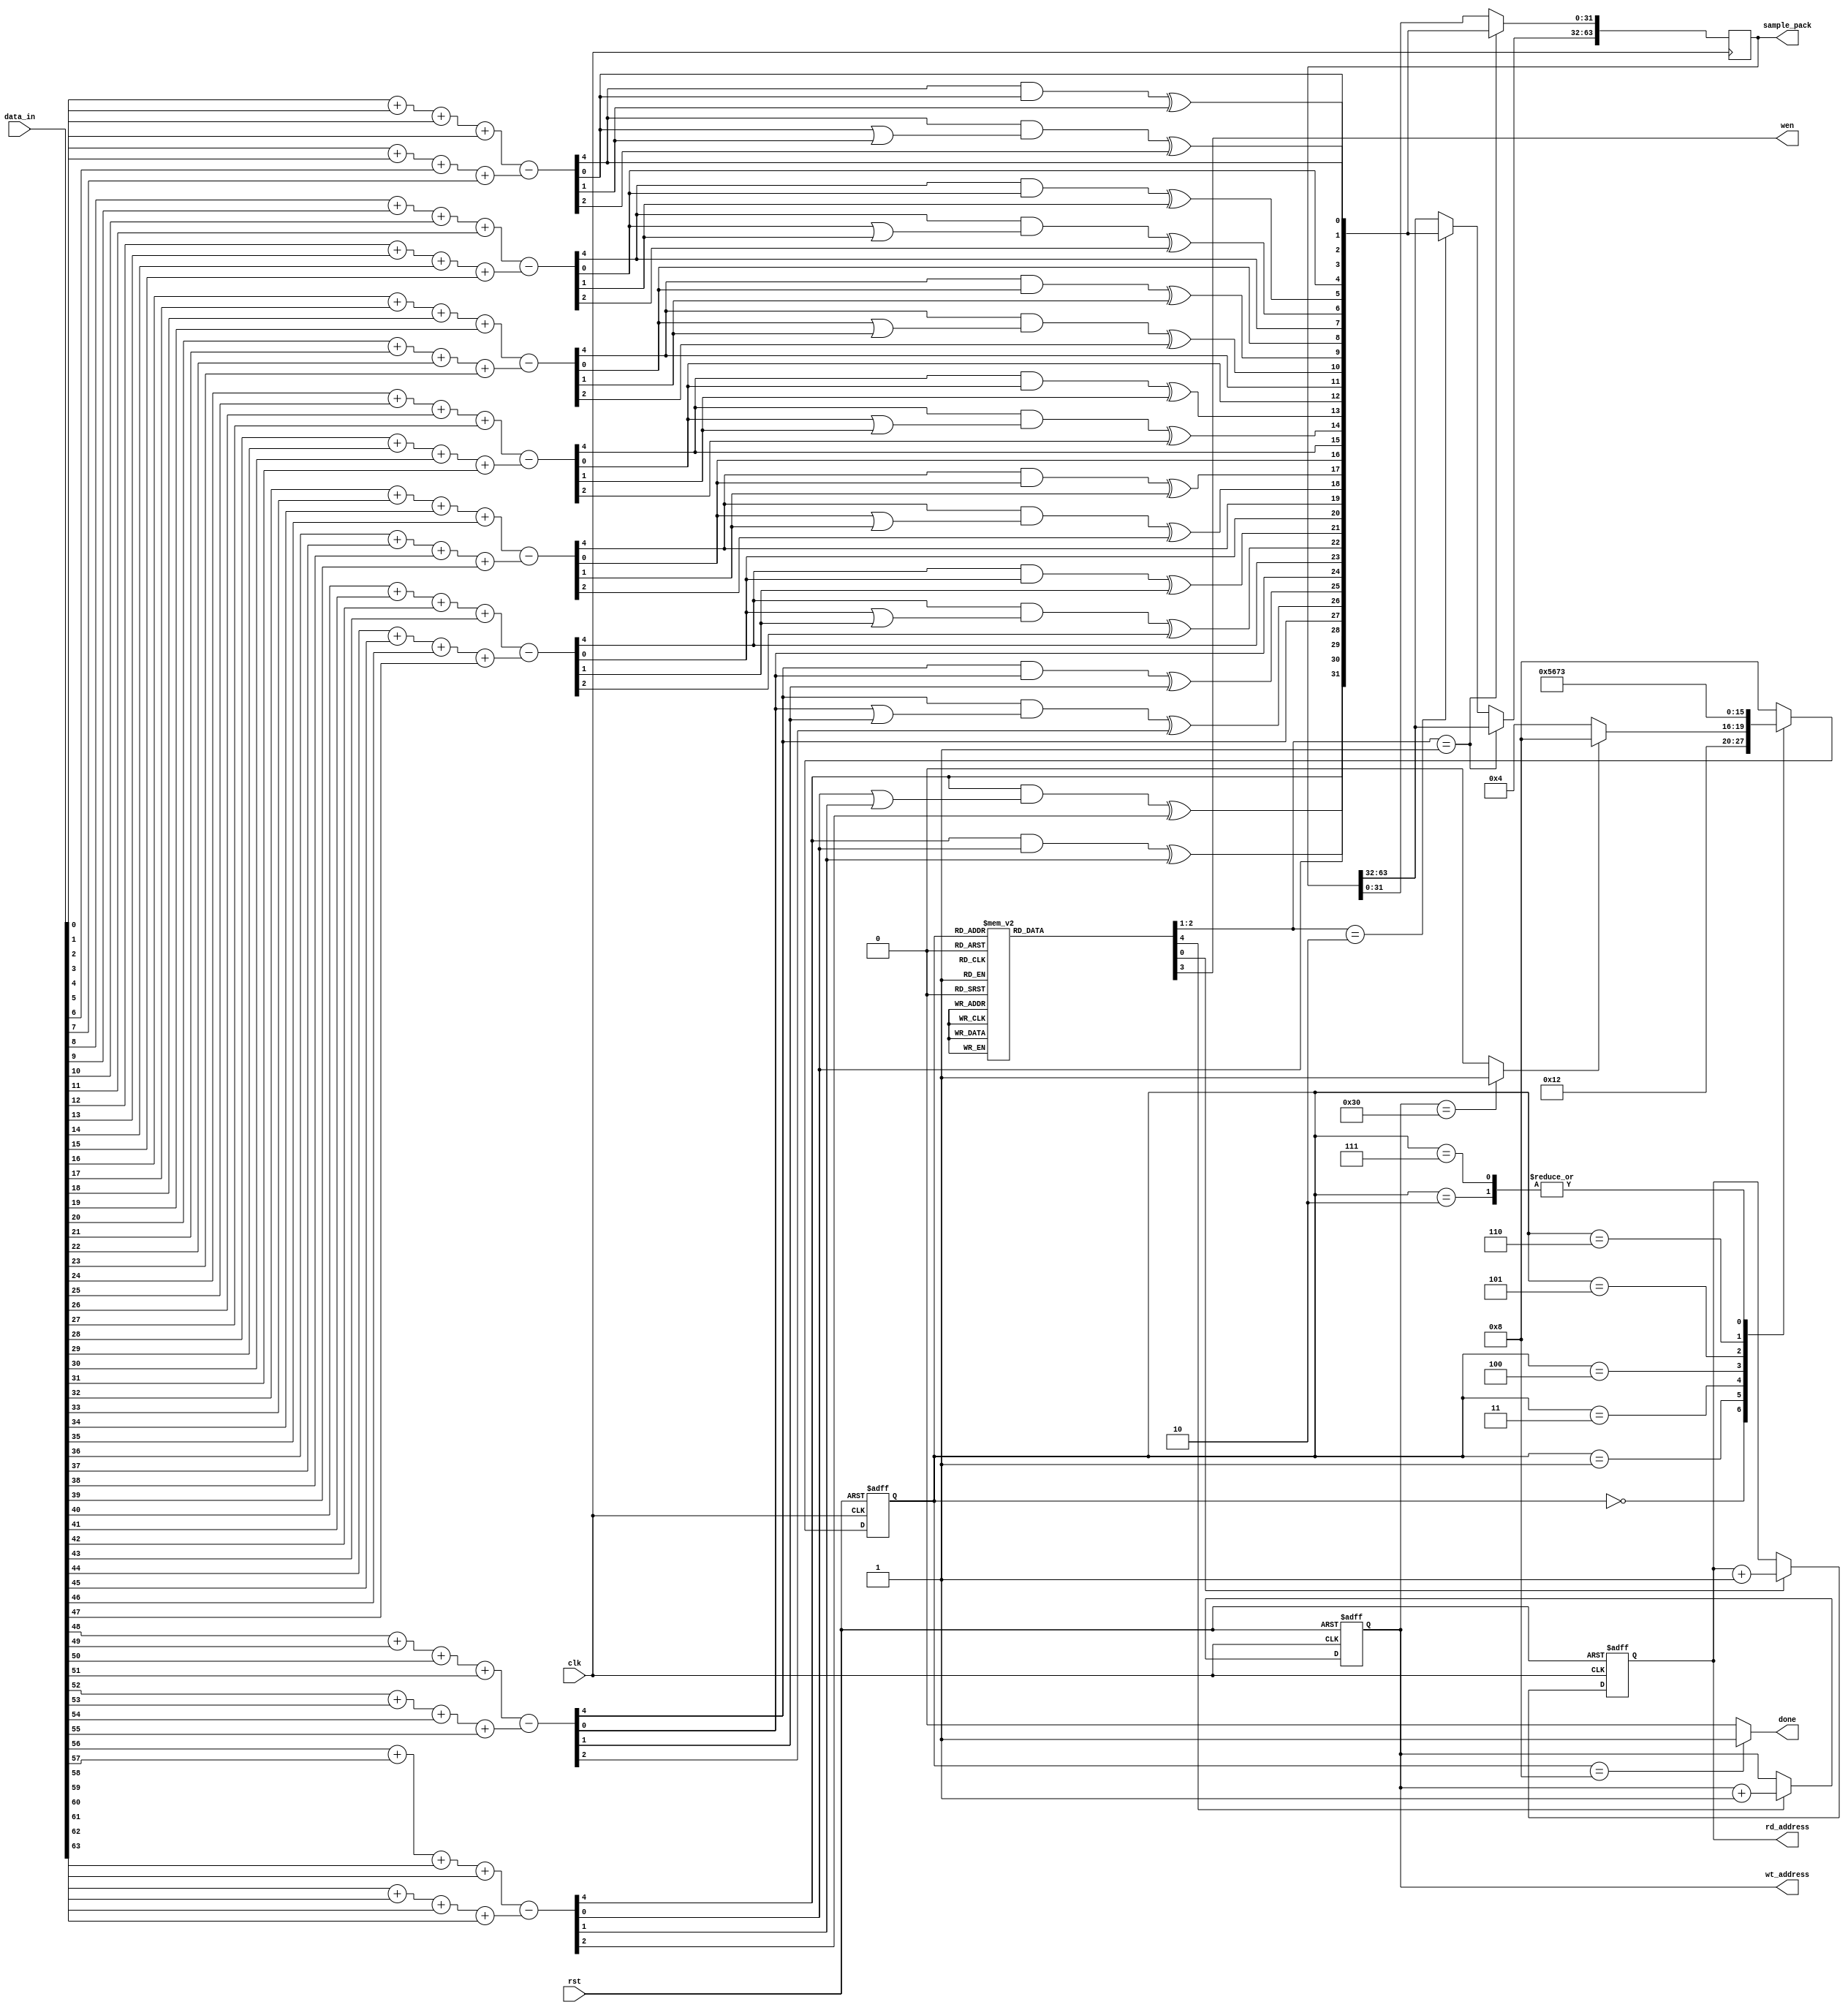
`timescale 1ns / 1ps

/***************************************************************************************************
    1. Design Name:             vector_sampler
    2. Preparation Date:        May 04, 2021
    3. Initial designed by:     Dr. Sujoy Sinha Roy and Andrea Basso
    4. Design optimized by:     Malik Imran and Samuel Pagliarini (Tallinn University of Technology, Estonia)              
    
    Note! The codes are for academic research use only and does not come with any support or any responsibility. 
****************************************************************************************************/

module vector_sampler(clk, rst, rd_address, data_in,
						sample_pack, wt_address, wen, done);
input clk, rst;
output reg [8:0] rd_address;
input [63:0] data_in;

output reg [63:0] sample_pack;
output reg [8:0] wt_address;	// Address for writing 16 samples in BRAM
output reg wen;
output done;

reg [1:0] wen_sample_pack;
reg [3:0] state, nextstate;
reg rd_inc, wt_inc;

wire [4:0] temp_s0 = (data_in[0]+data_in[1]+data_in[2]+data_in[3]) - (data_in[4]+data_in[5]+data_in[6]+data_in[7]);
wire [3:0] s0;
assign s0[0] = temp_s0[0];
assign s0[1] = (temp_s0[4]&temp_s0[0])^temp_s0[1];
assign s0[2] = (temp_s0[4]&(temp_s0[0]|temp_s0[1]))^temp_s0[2];
assign s0[3] = temp_s0[4];

wire [4:0] temp_s1 = (data_in[8]+data_in[9]+data_in[10]+data_in[11]) - (data_in[12]+data_in[13]+data_in[14]+data_in[15]);
wire [3:0] s1;
assign s1[0] = temp_s1[0];
assign s1[1] = (temp_s1[4]&temp_s1[0])^temp_s1[1];
assign s1[2] = (temp_s1[4]&(temp_s1[0]|temp_s1[1]))^temp_s1[2];
assign s1[3] = temp_s1[4];

wire [4:0] temp_s2 = (data_in[16]+data_in[17]+data_in[18]+data_in[19]) - (data_in[20]+data_in[21]+data_in[22]+data_in[23]);
wire [3:0] s2;
assign s2[0] = temp_s2[0];
assign s2[1] = (temp_s2[4]&temp_s2[0])^temp_s2[1];
assign s2[2] = (temp_s2[4]&(temp_s2[0]|temp_s2[1]))^temp_s2[2];
assign s2[3] = temp_s2[4];

wire [4:0] temp_s3 = (data_in[24]+data_in[25]+data_in[26]+data_in[27]) - (data_in[28]+data_in[29]+data_in[30]+data_in[31]);
wire [3:0] s3;
assign s3[0] = temp_s3[0];
assign s3[1] = (temp_s3[4]&temp_s3[0])^temp_s3[1];
assign s3[2] = (temp_s3[4]&(temp_s3[0]|temp_s3[1]))^temp_s3[2];
assign s3[3] = temp_s3[4];

wire [4:0] temp_s4 = (data_in[32]+data_in[33]+data_in[34]+data_in[35]) - (data_in[36]+data_in[37]+data_in[38]+data_in[39]);
wire [3:0] s4;
assign s4[0] = temp_s4[0];
assign s4[1] = (temp_s4[4]&temp_s4[0])^temp_s4[1];
assign s4[2] = (temp_s4[4]&(temp_s4[0]|temp_s4[1]))^temp_s4[2];
assign s4[3] = temp_s4[4];

wire [4:0] temp_s5 = (data_in[40]+data_in[41]+data_in[42]+data_in[43]) - (data_in[44]+data_in[45]+data_in[46]+data_in[47]);
wire [3:0] s5;
assign s5[0] = temp_s5[0];
assign s5[1] = (temp_s5[4]&temp_s5[0])^temp_s5[1];
assign s5[2] = (temp_s5[4]&(temp_s5[0]|temp_s5[1]))^temp_s5[2];
assign s5[3] = temp_s5[4];

wire [4:0] temp_s6 = (data_in[48]+data_in[49]+data_in[50]+data_in[51]) - (data_in[52]+data_in[53]+data_in[54]+data_in[55]);
wire [3:0] s6;
assign s6[0] = temp_s6[0];
assign s6[1] = (temp_s6[4]&temp_s6[0])^temp_s6[1];
assign s6[2] = (temp_s6[4]&(temp_s6[0]|temp_s6[1]))^temp_s6[2];
assign s6[3] = temp_s6[4];

wire [4:0] temp_s7 = (data_in[56]+data_in[57]+data_in[58]+data_in[59]) - (data_in[60]+data_in[61]+data_in[62]+data_in[63]);
wire [3:0] s7;
assign s7[0] = temp_s7[0];
assign s7[1] = (temp_s7[4]&temp_s7[0])^temp_s7[1];
assign s7[2] = (temp_s7[4]&(temp_s7[0]|temp_s7[1]))^temp_s7[2];
assign s7[3] = temp_s7[4];

always @(posedge clk)
begin
	if(wen_sample_pack==2'd1)
		sample_pack[31:00] <= {s7, s6, s5, s4, s3, s2, s1, s0};
	else if(wen_sample_pack==2'd2)
		sample_pack[63:32] <= {s7, s6, s5, s4, s3, s2, s1, s0};
	else
		sample_pack <= sample_pack;
end

always @(posedge clk or posedge rst)
begin
	if(rst)
		state <= 3'd0;
	else
		state <= nextstate;
end

always@(posedge clk or posedge rst)
begin
	if(rst)
		rd_address <= 9'd0;
	else if(rd_inc)
		rd_address <= rd_address + 1'b1;
	else
		rd_address <= rd_address;
end

always@(posedge clk or posedge rst)
begin
	if(rst)
		wt_address <= 9'd0;
	else if(wt_inc)
		wt_address <= wt_address + 1'b1;
	else
		wt_address <= wt_address;
end

// 3 polynomials take 3*16=48 words
wire sampling_done = (wt_address==9'd48) ? 1'b1 : 1'b0;

always @(*)
begin
	case(state)
	4'd0: begin	rd_inc=1'b0; wen_sample_pack=2'd0; wen=1'b0; wt_inc=1'b0; end // its an idle state
	4'd1: begin	rd_inc=1'b1; wen_sample_pack=2'd0; wen=1'b0; wt_inc=1'b0; end // read 1st word
	4'd2: begin	rd_inc=1'b0; wen_sample_pack=2'd0; wen=1'b0; wt_inc=1'b0; end // 1 cycle delay due to 1-pipeline register
	4'd3: begin	rd_inc=1'b1; wen_sample_pack=2'd1; wen=1'b0; wt_inc=1'b0; end // read 2nd word & write 1st word (it will write first 8 results)
	4'd4: begin	rd_inc=1'b0; wen_sample_pack=2'd0; wen=1'b0; wt_inc=1'b0; end // 1 cycle delay due to 1-pipeline register
	4'd5: begin	rd_inc=1'b0; wen_sample_pack=2'd2; wen=1'b0; wt_inc=1'b0; end // write 2nd word (it will write second 8 results)
	
	// Inc rd_addr for next read
	// Now, write the 16 samples to BRAM; 
	// Increment BRAM write address
	4'd6: begin	rd_inc=1'b1; wen_sample_pack=2'd0; wen=1'b1; wt_inc=1'b1; end // it only reads
	4'd7: begin	rd_inc=1'b0; wen_sample_pack=2'd0; wen=1'b0; wt_inc=1'b0; end // 1 cycle delay due to 1-pipeline register & set write associated signals
		
	4'd8: begin rd_inc=1'b0; wen_sample_pack=2'd0; wen=1'b0; wt_inc=1'b0; end		
	default: begin rd_inc=1'b0; wen_sample_pack=2'd0; wen=1'b0; wt_inc=1'b0; end		
	endcase
end

always @(*)
begin
	case(state)
	4'd0: nextstate = 4'd1;
	4'd1: nextstate = 4'd2;
	4'd2: nextstate = 4'd3;
	4'd3: begin
			if(sampling_done)
				nextstate = 4'd8;
			else
				nextstate = 4'd4;
		end	
	4'd4: nextstate = 4'd5;
	4'd5: nextstate = 4'd6;
	4'd6: nextstate = 4'd7;
	4'd7: nextstate = 4'd3;
	4'd8: nextstate = 4'd8;
	default: nextstate = 4'd8;
	endcase
end

assign done = (state==4'd8) ? 1'b1 : 1'b0;
endmodule